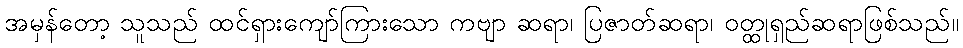
အမှန်တော့ သူသည် ထင်ရှားကျော်ကြားသော ကဗျာ ဆရာ၊ ပြဇာတ်ဆရာ၊ ဝတ္ထုရှည်ဆရာဖြစ်သည်။